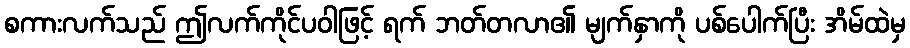
စကားလက်သည် ဤလက်ကိုင်ပဝါဖြင့် ရက် ဘတ်တလာ၏ မျက်နှာကို ပစ်ပေါက်ပြီး အိမ်ထဲမှ